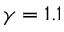
\gamma = 1 . 1